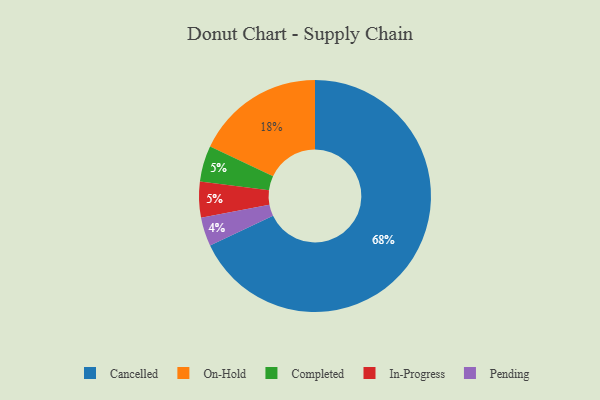
{"axis": {"x": "Category", "y": "Percentage"}, "legend": ["Cancelled", "Completed", "In-Progress", "On-Hold", "Pending"], "data": [{"x": "Completed", "y": 5, "type": "Completed"}, {"x": "In-Progress", "y": 5, "type": "In-Progress"}, {"x": "On-Hold", "y": 18, "type": "On-Hold"}, {"x": "Cancelled", "y": 68, "type": "Cancelled"}, {"x": "Pending", "y": 4, "type": "Pending"}]}